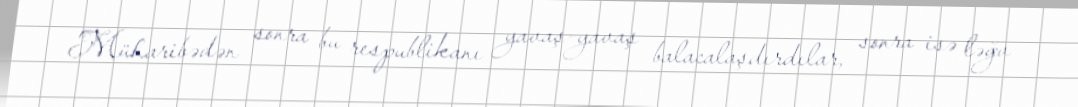
Müharibədən sonra bu respublikanı yavaş-yavaş balacalaşdırdılar, sonra isə ləğv